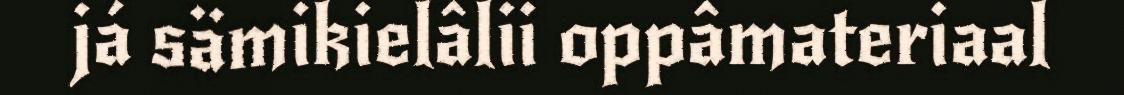
já sämikielâlii oppâmateriaal